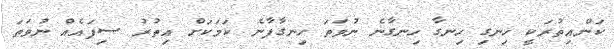
ކަންއިތުރަކީ ހިނގި ހިނގާ ހިނގާނެ ނުވަތަ ހިނގާފާނެ ކަމަކަށް އިތުރު ސިފައެއް ނުވަތަ